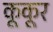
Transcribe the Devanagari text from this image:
कूकूर